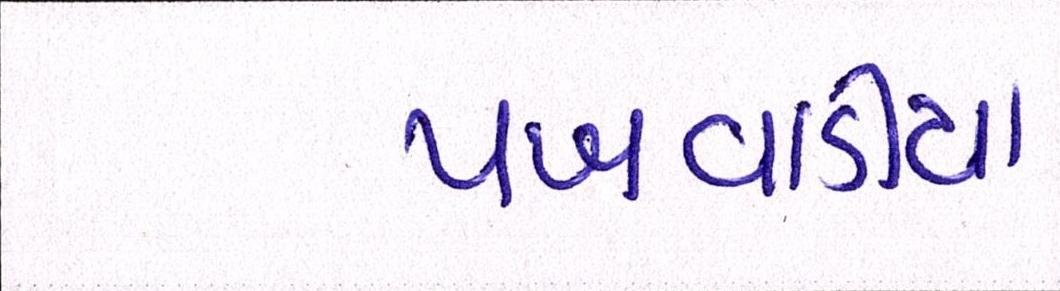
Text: પખવાડીયા